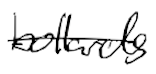
Text: bollards
Cross-out: single-line
Writing tool: digital_black